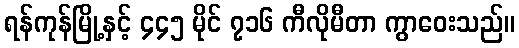
ရန်ကုန်မြို့နှင့် ၄၄၅ မိုင် ၇၁၆ ကီလိုမီတာ ကွာဝေးသည်။